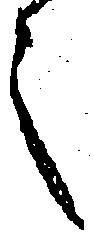
之